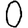
Digit: 0